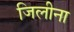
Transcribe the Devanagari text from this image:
जिलीना